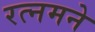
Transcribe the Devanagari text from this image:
रत्नमने